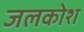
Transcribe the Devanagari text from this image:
जलकोश